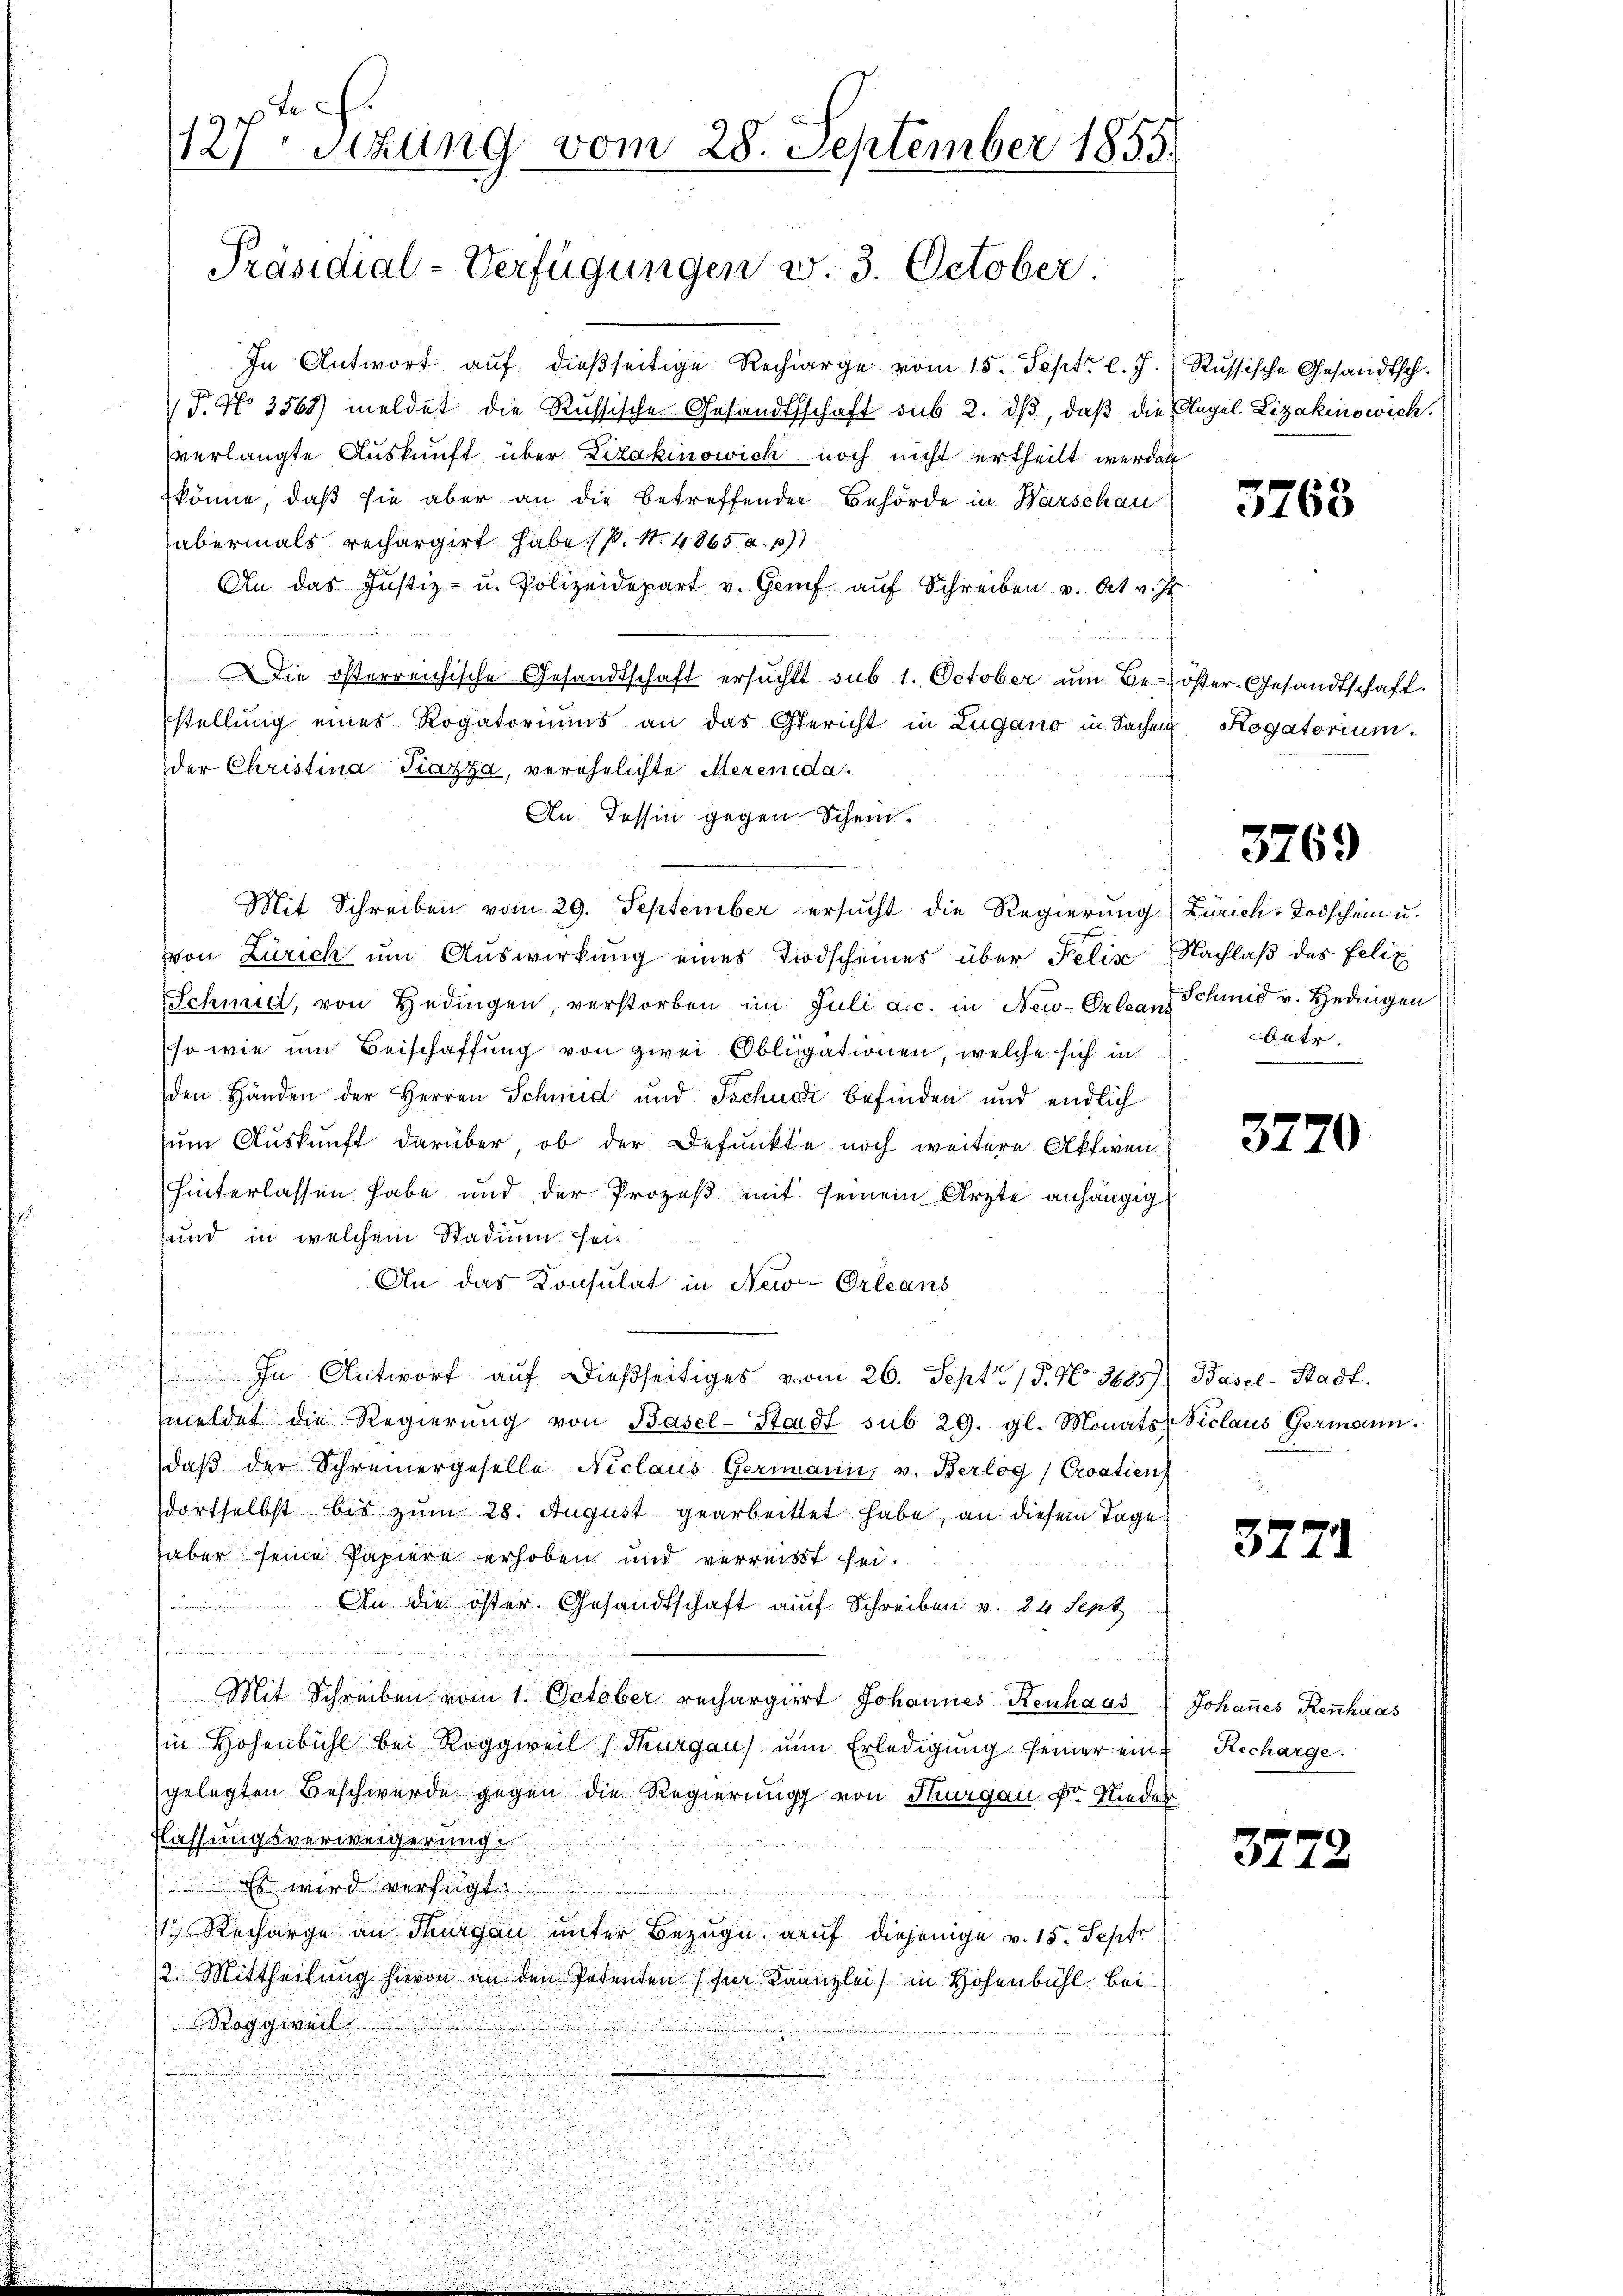
In Antwort auf dießseitige Recharge vom 15. Sept. l. J. Russische Gesandtsch.
 P. No 3565) meldet die Russische Gesandtschaft sub 2. ds, daß die E
verlangte Auskunft über Lizakinowick noch nicht ertheilt werden
könne, daß sie aber an die betreffender Behörde in Warschau
abermals rechargirt habe. (s. S. 4865 a. p
An das Justiz- u. Polizeidepart v. Genf aŭf Schreiben v. Art v. J.
 r e
f
Die österreichische Gesandtschaft ersŭcht sub 1. October ŭm Be-öster-Gesandtschaft.
stellung eines Rogatoriums an das Gericht in Zugano in Sachen
der Christina Ticozza, verehelichte Merenida.
An Tessin gegen Schein.
Mit Schreiben vom 29. September ersucht die Regierung Zürich-Todschein u.
von Zürich um Auswirkung eines Todscheines über Felix Nachlaß des Felix
Schmid, von Hedingen, verstorben im Juli a.c. in New-Orleans Schmid v. Hedingen
(so wie um Beischaffung von zwei Obligationen, welche sich in
den Händen der Herren Schmid und Tschudi befinden und endlich
zum Auskunft darüber, ob der Defunkte noch weitere Aktienhinterlassen habe und der Prozeß mit seinem Arzte anhängig
und in welchem Stadium sei¬
An das Konsulat in New-Orleans
d
In Antwort auf dießseitiges vom 26. Sept. 15. No. 3605) Basel-Stadt.
meldet die Regierŭng von Basel-Stadt sub 29. gl. Monats Viclaus Germann.
daβ der Schreinergeselle Niclaus Germann, v. Berlog) Croatien
dortselbst bis zum 28. August gearbeittet habe, an diesem Tage
aber seine Papiere erhoben und verreisst sei.
Brie
An die öster. Gesandtschaft auf Schreiben v. 24 Sept.
Mit Schreiben vom 1. October rechargiert Johannes Kenhaas Johaṅes Renhaas
in Hohenbühl bei Roggweil (Thurgau) um Erledigung seiner ein Recharge.
gelegten Beschwerde gegen die Regierung von Thurgau Dr. Nieder
flassungsverweigerung
Es wird verfügt:
1. Recharge an Thurgau unter Bezug auf diejenige v. 15. Septe
/2. Mittheilung hievon an den Patenten hier Kaanzlei in Hohenbühl bei
Roggweil

tech
127 Stzung vom 28. September 1855.
Präsidial-Verfügungen v. 3. October.

Hugel. Lizakinowich.

3763

Rogatorium.

3769

batr.

3720.

3771

3772